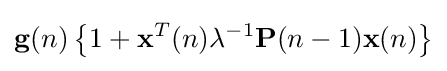
\mathbf {g} (n)\left\{1+\mathbf {x} ^{T}(n)\lambda ^{-1}\mathbf {P} (n-1)\mathbf {x} (n)\right\}